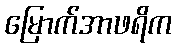
မြောက်အာဖရိက